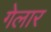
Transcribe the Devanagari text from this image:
गेलार